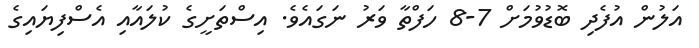
އަލުން އުފެދި ބޮޑުވުމަށް 7-8 ހަފްތާ ވަރު ނަގައެވެ. އިސްތަށީގެ ކުލައާއި އެސްފިޔައިގެ